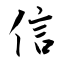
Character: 信